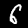
Digit: 6